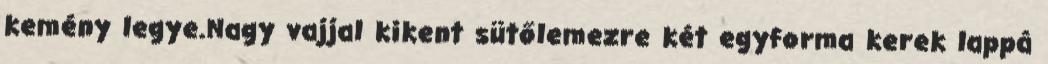
kemény legye.Nagy vajjal kikent sütőlemezre két egyforma kerek lappá